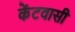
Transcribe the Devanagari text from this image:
केंटवासी